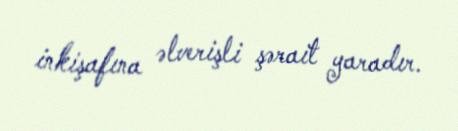
inkişafına əlverişli şərait yaradır.